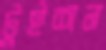
টুইশন